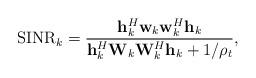
LaTeX: \begin{align*}{\rm SINR}_k=\frac{{\bf h}_k^H{\bf w}_k{\bf w}_k^H{\bf h}_k}{{\bf h}_k^H{\bf W}_k{\bf W}_k^H{\bf h}_k+1/{\rho_t}},\end{align*}